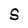
Character: S